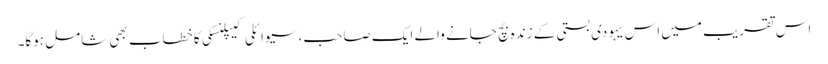
اس تقریب میں اس یہودی بستی کے زندہ بچ جانے والے ایک صاحب، سیوائلی کیپلنسکی کا خطاب بھی شامل ہوگا۔